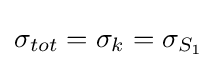
\sigma _{tot}=\sigma _{k}=\sigma _{S_{1}}